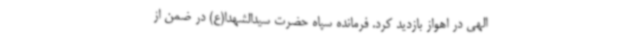
الهی در اهواز بازدید کرد. فرمانده سپاه حضرت سیدالشهدا(ع) در ضمن از